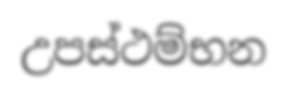
උපස්ථම්භන